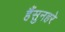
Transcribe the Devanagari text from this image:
हैंसुनहरे